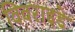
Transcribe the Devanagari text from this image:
विवराइडे